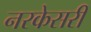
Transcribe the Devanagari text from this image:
नरकेसरी